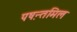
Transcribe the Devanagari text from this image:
पष़न्तमिल